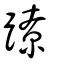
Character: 蹽